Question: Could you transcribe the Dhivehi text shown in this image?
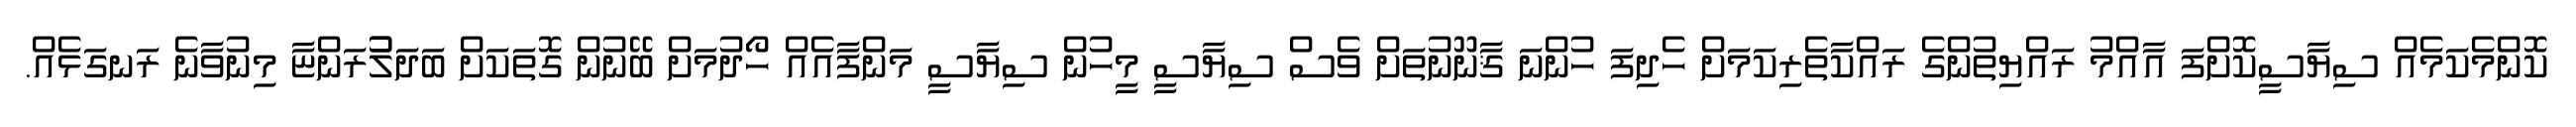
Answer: ކޮންމެކަމެއް ސިޔާސީކޮށްފަ އާއްމު ރައްޔިތުންގެ ރައްކާތެރިކަމަށް ހެދިފަ ހުންނަ ޤާނޫނުތަށް ވެސް ސިޔާސީ މީހުން ސިޔާސީ މަންފާއެއް ހޯދުމަށް ބޭނުން ގޮތަކަށް ބަދަލުުރަންޏާ މިނުވާނެ ރަނގަޅެއް.